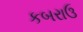
કબરાઉ